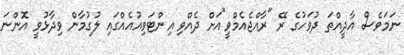
ނަމަވެސް އާދީއްތަ ދުވަހުގެ ރޭ "ރާއްޖެއެމްވީ"އަށް ދެއްވި އިންޓަވިއުއެއްގައި ލުގުމާން ވިދާޅުވީ އޮންނަ